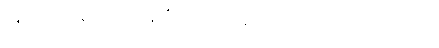
တူ။ ဧတာနိပိ၊ ထိုပထဝီစသော မဟာဘုတ်တို့သည်လည်း။